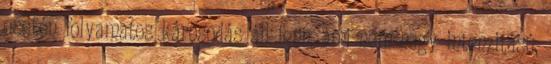
esetén folyamatos károsodás áll fenn, ami nem nagy intenzitású,